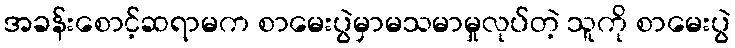
အခန်းစောင့်ဆရာမက စာမေးပွဲမှာမသမာမှုလုပ်တဲ့ သူကို စာမေးပွဲ